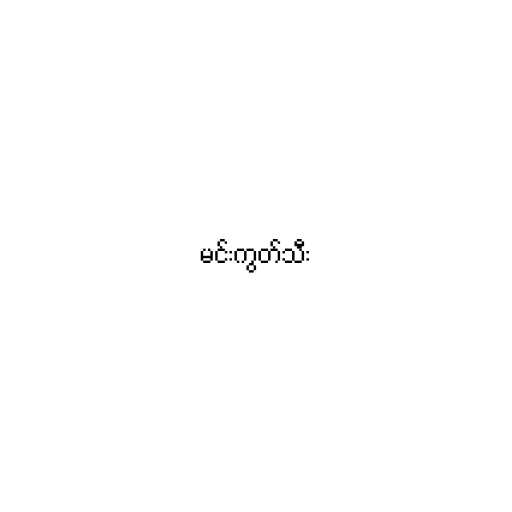
မင်းကွတ်သီး